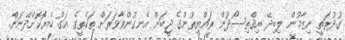
ގުދުރަތީ ނިޒާމުން ލިބިދޭ އިޤްތިސޯދުން ރައްޔިތުންގެ ޖީބަަށް އެނގުންވާވަރަށް ތަކެތީގެ އަގު ހެޔޮކޮށްދޭނަން.